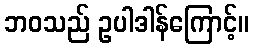
ဘဝသည် ဥပါဒါန်ကြောင့်။